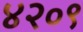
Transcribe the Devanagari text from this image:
४२०९